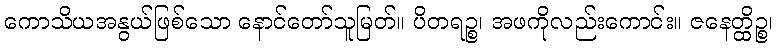
ကောသိယအနွယ်ဖြစ်သော နောင်တော်သူမြတ်။ ပိတရဉ္စ၊ အဖကိုလည်းကောင်း။ ဇနေတ္ထိဉ္စ၊